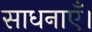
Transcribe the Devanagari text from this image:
साधनाएँ।